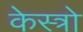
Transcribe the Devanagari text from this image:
केस्त्रो